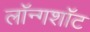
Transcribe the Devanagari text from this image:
लॉन्गशॉट